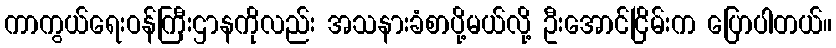
ကာကွယ်ရေးဝန်ကြီးဌာနကိုလည်း အသနားခံစာပို့မယ်လို့ ဦးအောင်ငြိမ်းက ပြောပါတယ်။